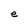
Character: e